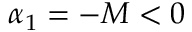
\alpha _ { 1 } = - M < 0